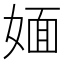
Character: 媔